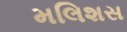
મલિશસ